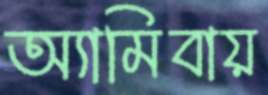
অ্যামিবায়